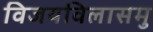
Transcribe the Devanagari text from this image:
विजयविलासमु